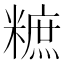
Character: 𥼌